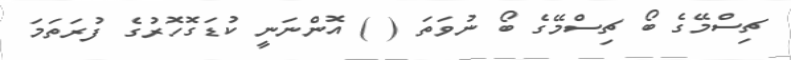
ޗިސްމޭގެ ބޯ ޗިސްމޭގެ ބޯ ނުވަތަ ( ) އޮންނަނީ ކުޑަގޮހޮރުގެ ފުރަތަމަ